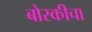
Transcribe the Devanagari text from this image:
बोस्कीचा